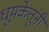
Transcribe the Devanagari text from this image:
धूमकेतूंनी